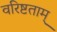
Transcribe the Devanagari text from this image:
वरिष्टताम्